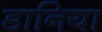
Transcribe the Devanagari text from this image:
डानिया